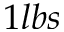
1 l b s